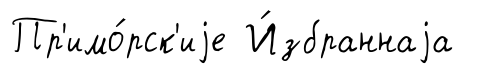
Пр'имо́рск'иjе И́збраннаjа